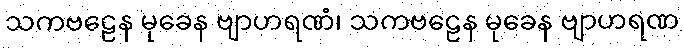
သကဗဠေန မုခေန ဗျာဟရဏံ၊ သကဗဠေန မုခေန ဗျာဟရဏ